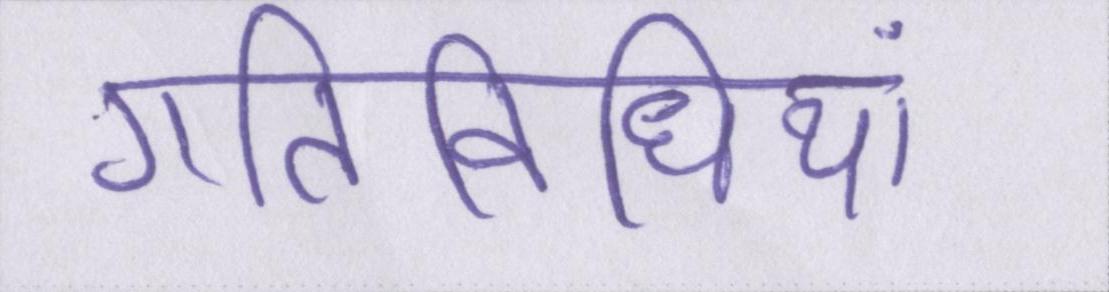
गतिविधियां